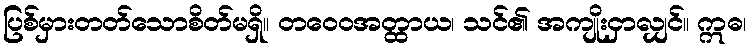
ပြစ်မှားတတ်သောစိတ်မရှိ။ တဝေဝအတ္ထာယ၊ သင်၏ အကျိုးငှာလျှင်။ ဣဓ၊